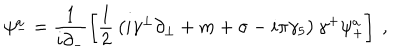
LaTeX: \psi _ { - } ^ { a } = \frac { 1 } { i \partial _ { - } } \left[ { \frac { 1 } { 2 } } \left( i \gamma ^ { \perp } \partial _ { \perp } + m + \sigma - i \pi \gamma _ { 5 } \right) \gamma ^ { + } \psi _ { + } ^ { a } \right] ~ ,